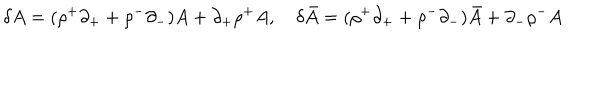
\delta A = ( \rho ^ { + } \partial _ { + } + \rho ^ { - } \partial _ { - } ) A + \partial _ { + } \rho ^ { + } A , \delta \bar { A } = ( \rho ^ { + } \partial _ { + } + \rho ^ { - } \partial _ { - } ) \bar { A } + \partial _ { - } \rho ^ { - } A